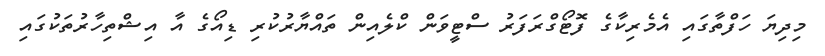
މިދިޔަ ހަފްތާގައި އެމެރިކާގެ ފޮޓޯގްރަފަރު ސްޓީވަން ކްލެއިން ތައްޔާރުކުރި ޑިއޯގެ އާ އިޝްތިހާރުތަކުގައި